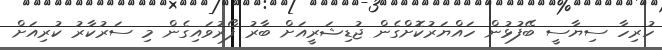
ހުރިހާ ސިޔާސީ ބޭފުޅުން ހައްޔަރުކޮށްގެން ޖުޑިޝަރީއަށް ބާރު ފޯރުވައިގެން މި ސަރުކާރު ކުރިއަށް